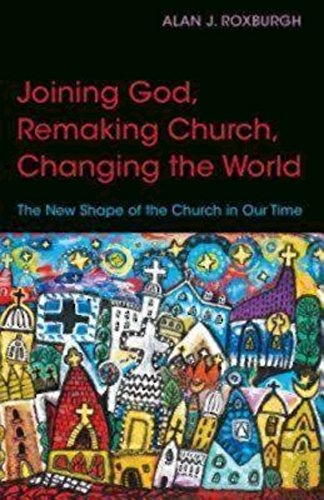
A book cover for Joining God, Remaking Church, and Changing the World; Alan J. Roxburgh; Christian Books & Bibles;